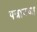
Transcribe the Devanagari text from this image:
पत्रावजा